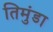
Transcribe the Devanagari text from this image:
तिमुंडा